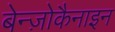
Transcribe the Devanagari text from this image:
बेन्ज़ोकैनाइन